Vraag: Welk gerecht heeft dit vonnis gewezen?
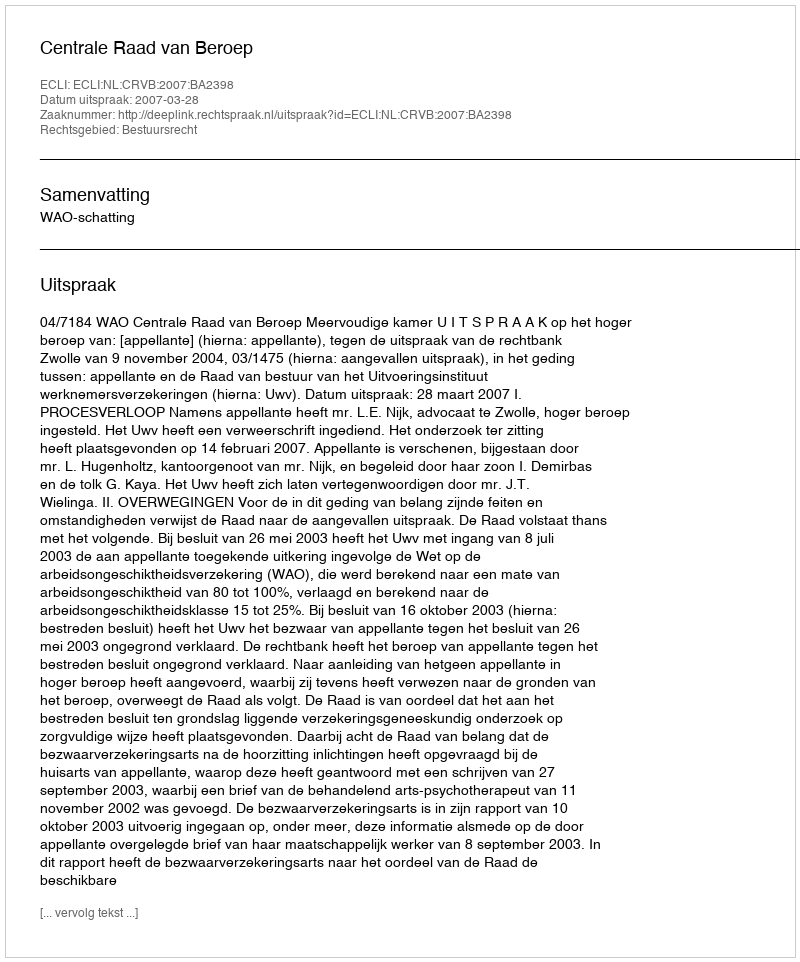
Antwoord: Centrale Raad van Beroep